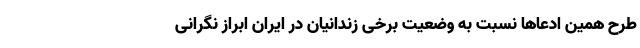
طرح همین ادعا‌ها نسبت به وضعیت برخی زندانیان در ایران ابراز نگرانی